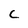
Character: C